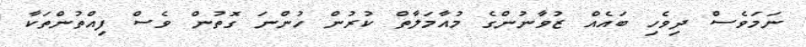
ނަމަވެސް ދިވެހި ބައެއް ޒުވާނުންގެ މުއާމަލާތް ކުރުން ހުންނަ ގޮތުން ވެސް ފިއްތުންތަކާ